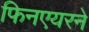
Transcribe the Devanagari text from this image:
फिनएयरने